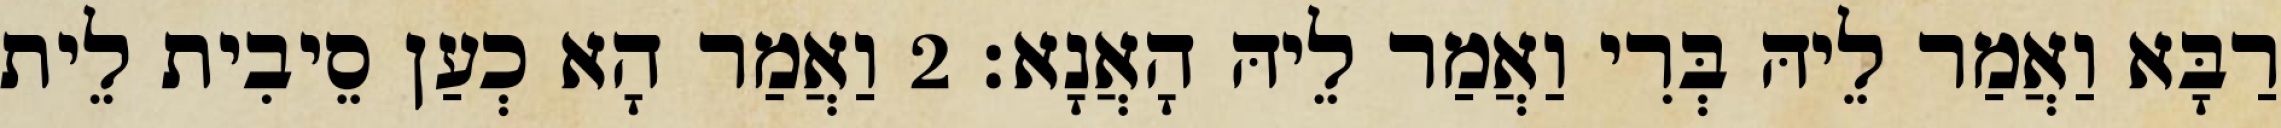
רַבָּא וַאֲמַר לֵיהּ בְּרִי וַאֲמַר לֵיהּ הָאֲנָא׃ 2 וַאֲמַר הָא כְעַן סֵיבִית לֵית